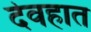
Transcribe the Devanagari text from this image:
देवहात